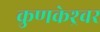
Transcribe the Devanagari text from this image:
कुणकेश्र्वर